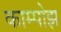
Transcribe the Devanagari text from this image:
काम्पोझ